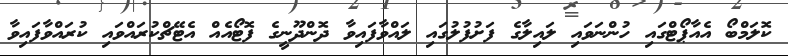
ކޮލަމްބޯ އެއާޕޯޓްގައި ހުންނަވައި ލައިލާގެ ފަށުފުލުގައި ލައްވާފައިވާ ދޮންދޫނީގެ ފޮޓޯއެއް އެޓޭޗްކުރައްވައި ކުރައްވާފައިވާ